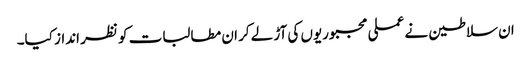
ان سلاطین نے عملی مجبوریوں کی آڑ لے کر ان مطالبات کو نظر انداز کیا۔